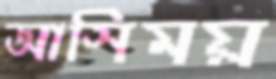
আসিময়